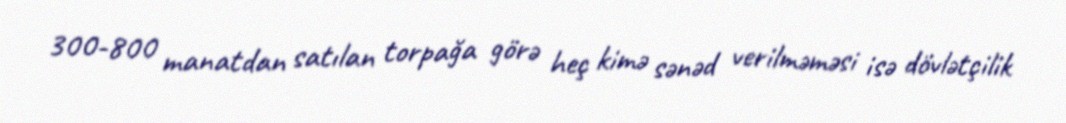
300-800 manatdan satılan torpağa görə heç kimə sənəd verilməməsi isə dövlətçilik